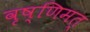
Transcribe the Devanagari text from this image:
वृष्णिमत्